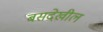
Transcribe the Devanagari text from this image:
बसदेखील